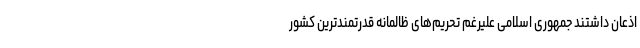
اذعان داشتند جمهوری اسلامی علیرغم تحریم‌های ظالمانه قدرتمندترین کشور